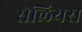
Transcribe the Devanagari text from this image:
सेलियस